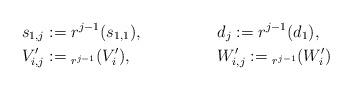
LaTeX: \begin{align*}&s_{1,j} := r^{j-1}(s_{1,1}),& &d_j := r^{j-1}(d_1),& \\&V'_{i,j} := {}_{r^{j-1}}(V'_i),& &W'_{i,j} := {}_{r^{j-1}}(W'_i)& \end{align*}